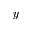
y